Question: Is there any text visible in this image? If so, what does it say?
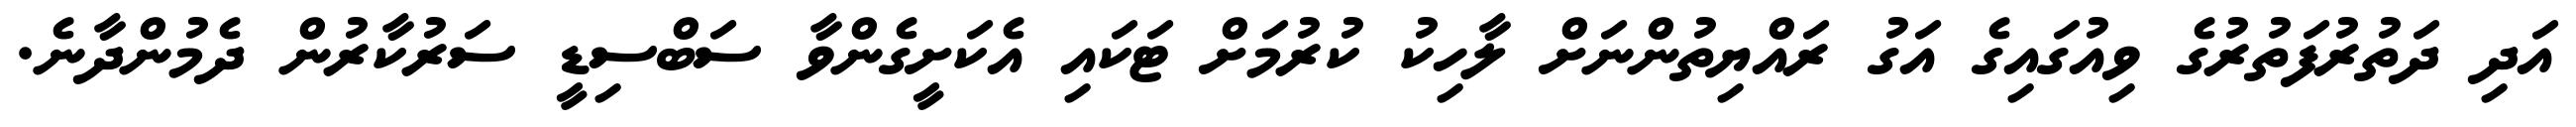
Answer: އަދި ދަތުރުފަތުރުގެ ވިއުގައިގެ އަގު ރައްޔިތުންނަށް ލާހިކު ކުރުމަށް ޓަކައި އެކަށީގެންވާ ސަބްސިޑީ ސަރުކާރުން ދެމުންދާނެ.